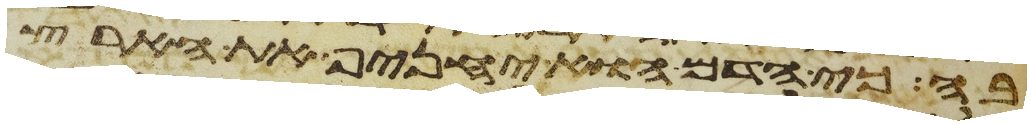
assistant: בה כי הדם הוא יחניף את הארץ